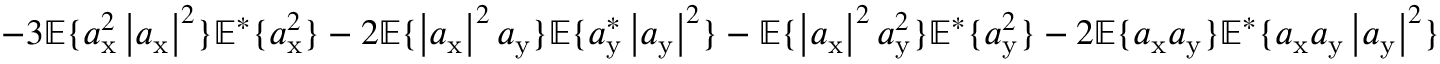
- 3 \mathbb { E } \{ a _ { \mathrm { x } } ^ { 2 } \left| a _ { \mathrm { x } } \right| ^ { 2 } \} \mathbb { E } ^ { * } \{ a _ { \mathrm { x } } ^ { 2 } \} - 2 \mathbb { E } \{ \left| a _ { \mathrm { x } } \right| ^ { 2 } a _ { \mathrm { y } } \} \mathbb { E } \{ a _ { \mathrm { y } } ^ { * } \left| a _ { \mathrm { y } } \right| ^ { 2 } \} - \mathbb { E } \{ \left| a _ { \mathrm { x } } \right| ^ { 2 } a _ { \mathrm { y } } ^ { 2 } \} \mathbb { E } ^ { * } \{ a _ { \mathrm { y } } ^ { 2 } \} - 2 \mathbb { E } \{ a _ { \mathrm { x } } a _ { \mathrm { y } } \} \mathbb { E } ^ { * } \{ a _ { \mathrm { x } } a _ { \mathrm { y } } \left| a _ { \mathrm { y } } \right| ^ { 2 } \}